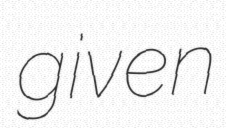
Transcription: given